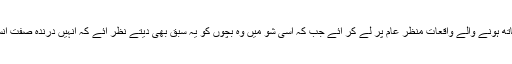
عامر خان پروگرام میں چھوٹے بچوں کے ساتھ ہونے والے واقعات منظر عام پر لے کر آئے جب کہ اسی شو میں وہ بچوں کو یہ سبق بھی دیتے نظر آئے کہ انہیں درندہ صفت انسانوں سے اپنی حفاظت کس طرح کرنی ہے۔